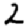
Digit: 2